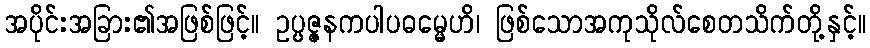
အပိုင်းအခြား၏အဖြစ်ဖြင့်။ ဥပ္ပဇ္ဇနကပါပဓမ္မေဟိ၊ ဖြစ်သောအကုသိုလ်စေတသိက်တို့နှင့်။